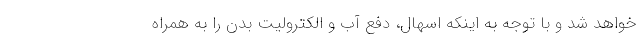
خواهد شد و با توجه به اینکه اسهال، دفع آب و الکترولیت بدن را به همراه